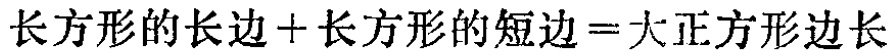
长方形的长边+长方形的短边=大正方形边长